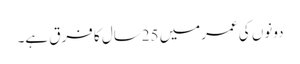
دونوں کی عمرمیں 25سال کا فرق ہے۔